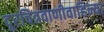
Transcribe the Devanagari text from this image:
दूरचित्रवाणीवाहिन्या